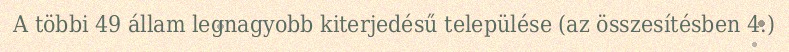
A többi 49 állam legnagyobb kiterjedésű települése (az összesítésben 4.)